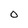
Character: O